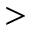
>